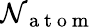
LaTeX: {\mathcal{N}_{\mathrm{{~a~t~o~m~}}}}